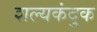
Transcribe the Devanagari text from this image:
शल्यकंदुक